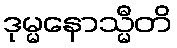
ဒုမ္မနောသ္မီတိ